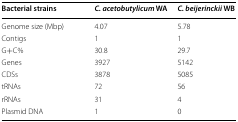
| Bacterial strains | C. acetobutylicum WA | C. beijerinckii WB |
 | --- | --- | --- |
 | Genome size (Mbp) | 4.07 | 5.78 |
 | Contigs | 1 | 1 |
 | G+C% | 30.8 | 29.7 |
 | Genes | 3927 | 5142 |
 | CDSs | 3878 | 5085 |
 | tRNAs | 72 | 56 |
 | rRNAs | 31 | 4 |
 | Plasmid DNA | 1 | 0 |